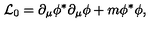
{ \cal L } _ { 0 } = \partial _ { \mu } \phi ^ { \ast } \partial _ { \mu } \phi + m \phi ^ { \ast } \phi ,